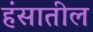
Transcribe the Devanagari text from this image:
हंसातील